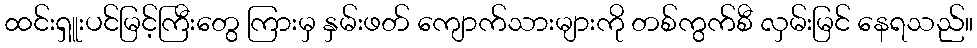
ထင်းရှူးပင်မြင့်ကြီးတွေ ကြားမှ နှမ်းဖတ် ကျောက်သားများကို တစ်ကွက်စီ လှမ်းမြင် နေရသည်။